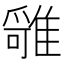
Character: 𩀓